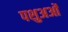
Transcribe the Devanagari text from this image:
पशुअओं